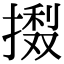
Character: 𢳽